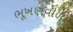
ભૂખણવાળા